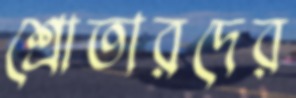
শ্রোতারদের